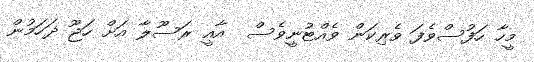
މީހާ ހަފުސްވެފަ ވެރިކަން ވެއްޓުނީވެސް  އާއީ ރަސޫލާ އަށް ހަޖޫ ޛަހަމުން